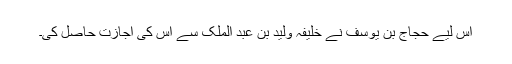
اس لیے حجاج بن یوسف نے خلیفہ ولید بن عبد الملک سے اس کی اجازت حاصل کی۔